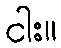
ငါး။